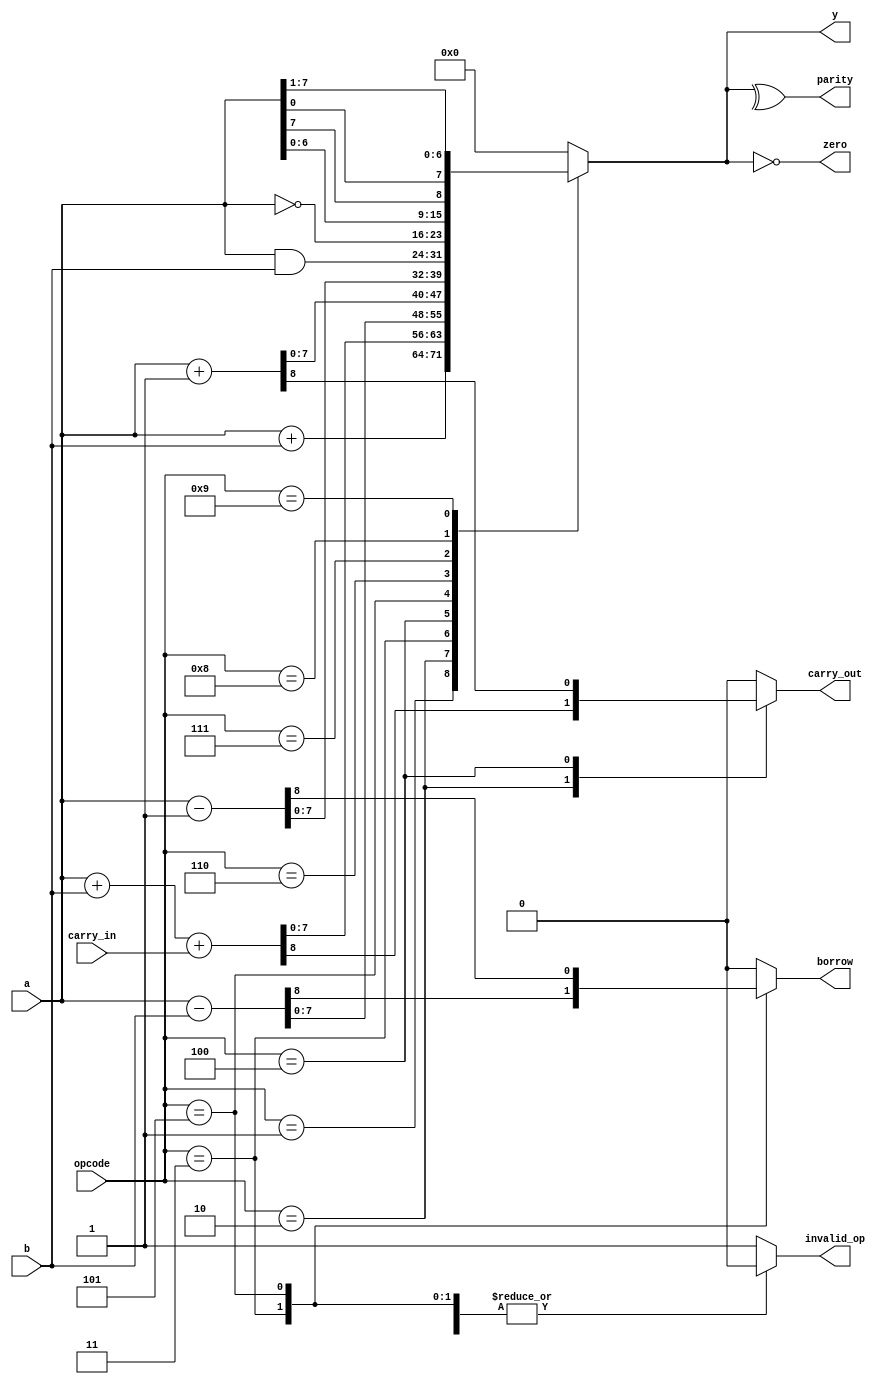
module ALU
    #( parameter BUS_WIDTH = 8)
    (input [BUS_WIDTH-1:0] a,
     input [BUS_WIDTH-1:0] b,
     input carry_in,
     input [3:0] opcode,
     output reg [BUS_WIDTH-1:0] y,
     output reg carry_out,
     output reg borrow,
     output zero,
     output parity,
     output reg invalid_op);
    localparam OP_ADD       = 1; 
    localparam OP_ADD_CARRY = 2; 
    localparam OP_SUB = 3;       
    localparam OP_INC = 4;       
    localparam OP_DEC = 5;       
    localparam OP_AND = 6;       
    localparam OP_NOT = 7;       
    localparam OP_ROL = 8;       
    localparam OP_ROR = 9;       
    always @(*) begin
        y = 0; carry_out = 0; borrow = 0; invalid_op = 0;
        case (opcode)
            OP_ADD        :  begin y = a + b; end
            OP_ADD_CARRY  :  begin {carry_out, y} = a + b + carry_in; end
            OP_SUB        :  begin {borrow, y} = a - b; end
            OP_INC        :  begin {carry_out, y} = a + 1'b1; end
            OP_DEC        :  begin {borrow, y} = a - 1'b1; end
            OP_AND        :  begin y = a & b; end
            OP_NOT        :  begin y = ~a; end
            OP_ROL        :  begin y = {a[BUS_WIDTH-2:0], a[BUS_WIDTH-1]}; end
            OP_ROR        :  begin y = {a[0], a[BUS_WIDTH-1:1]}; end
            default: begin invalid_op = 1; y = 0; carry_out = 0; borrow = 0;  end
        endcase
    end
    assign parity = ^y;
    assign zero = (y == 0);
endmodule